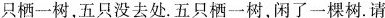
只栖一树，五只没去处。五只栖一树，闲了一棵树。请